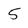
Character: 5